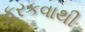
ફરકવાથી